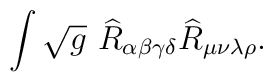
\int \sqrt{g}~\widehat{R}_{\alpha \beta \gamma \delta }\widehat{R}_{\mu \nu\lambda \rho }.